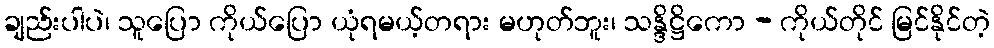
ချည်းပါပဲ၊ သူပြော ကိုယ်ပြော ယုံရမယ့်တရား မဟုတ်ဘူး၊ သန္ဒိဋ္ဌိကော - ကိုယ်တိုင် မြင်နိုင်တဲ့